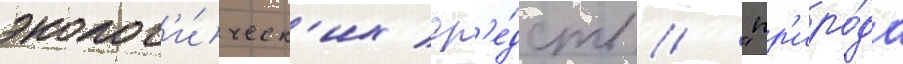
эколог'и́ческ'их ср'е́дств // "пр'иро́да